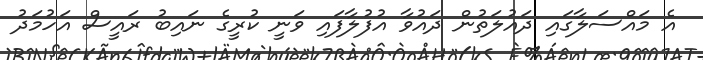
އެ މައްސަލާގައި ދައުލަތުން ދައުވާ އުފުލާފައި ވަނީ ކުރީގެ ނައިބު ރައީސް އަހުމަދު